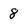
Character: 8